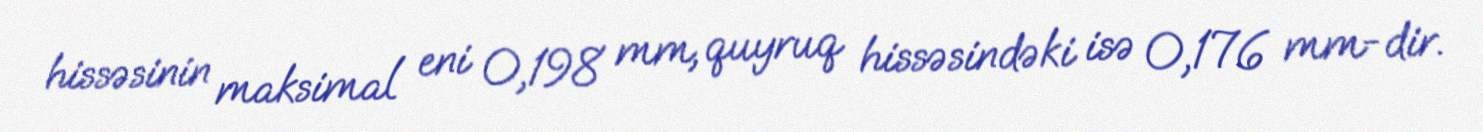
hissəsinin maksimal eni 0,198 mm, quyruq hissəsindəki isə 0,176 mm-dir.